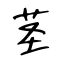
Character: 茎